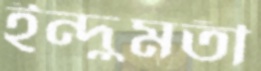
ইন্দুমতী